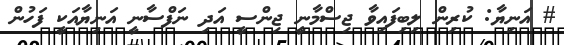
# އަނިޔާ: ކުރިން ލިބިފައިވާ ޖިސްމާނީ ޖިންސީ އަދި ނަފްސާނީ އަނިޔާއަކީ ފަހުން